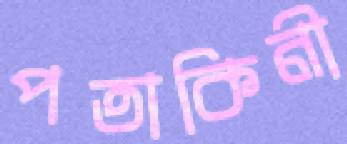
পতাকিনী